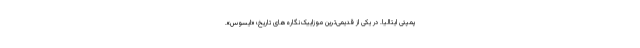
پمپئی ایتالیا. در یکی از قدیمی‌ترین موزاییک‌‌نگاره‌های تاریخ؛ «ایسوس».